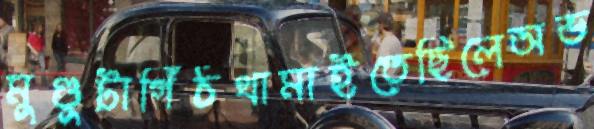
মুণ্ডুটাগিঁঠথামাইতেছিলেঅভ